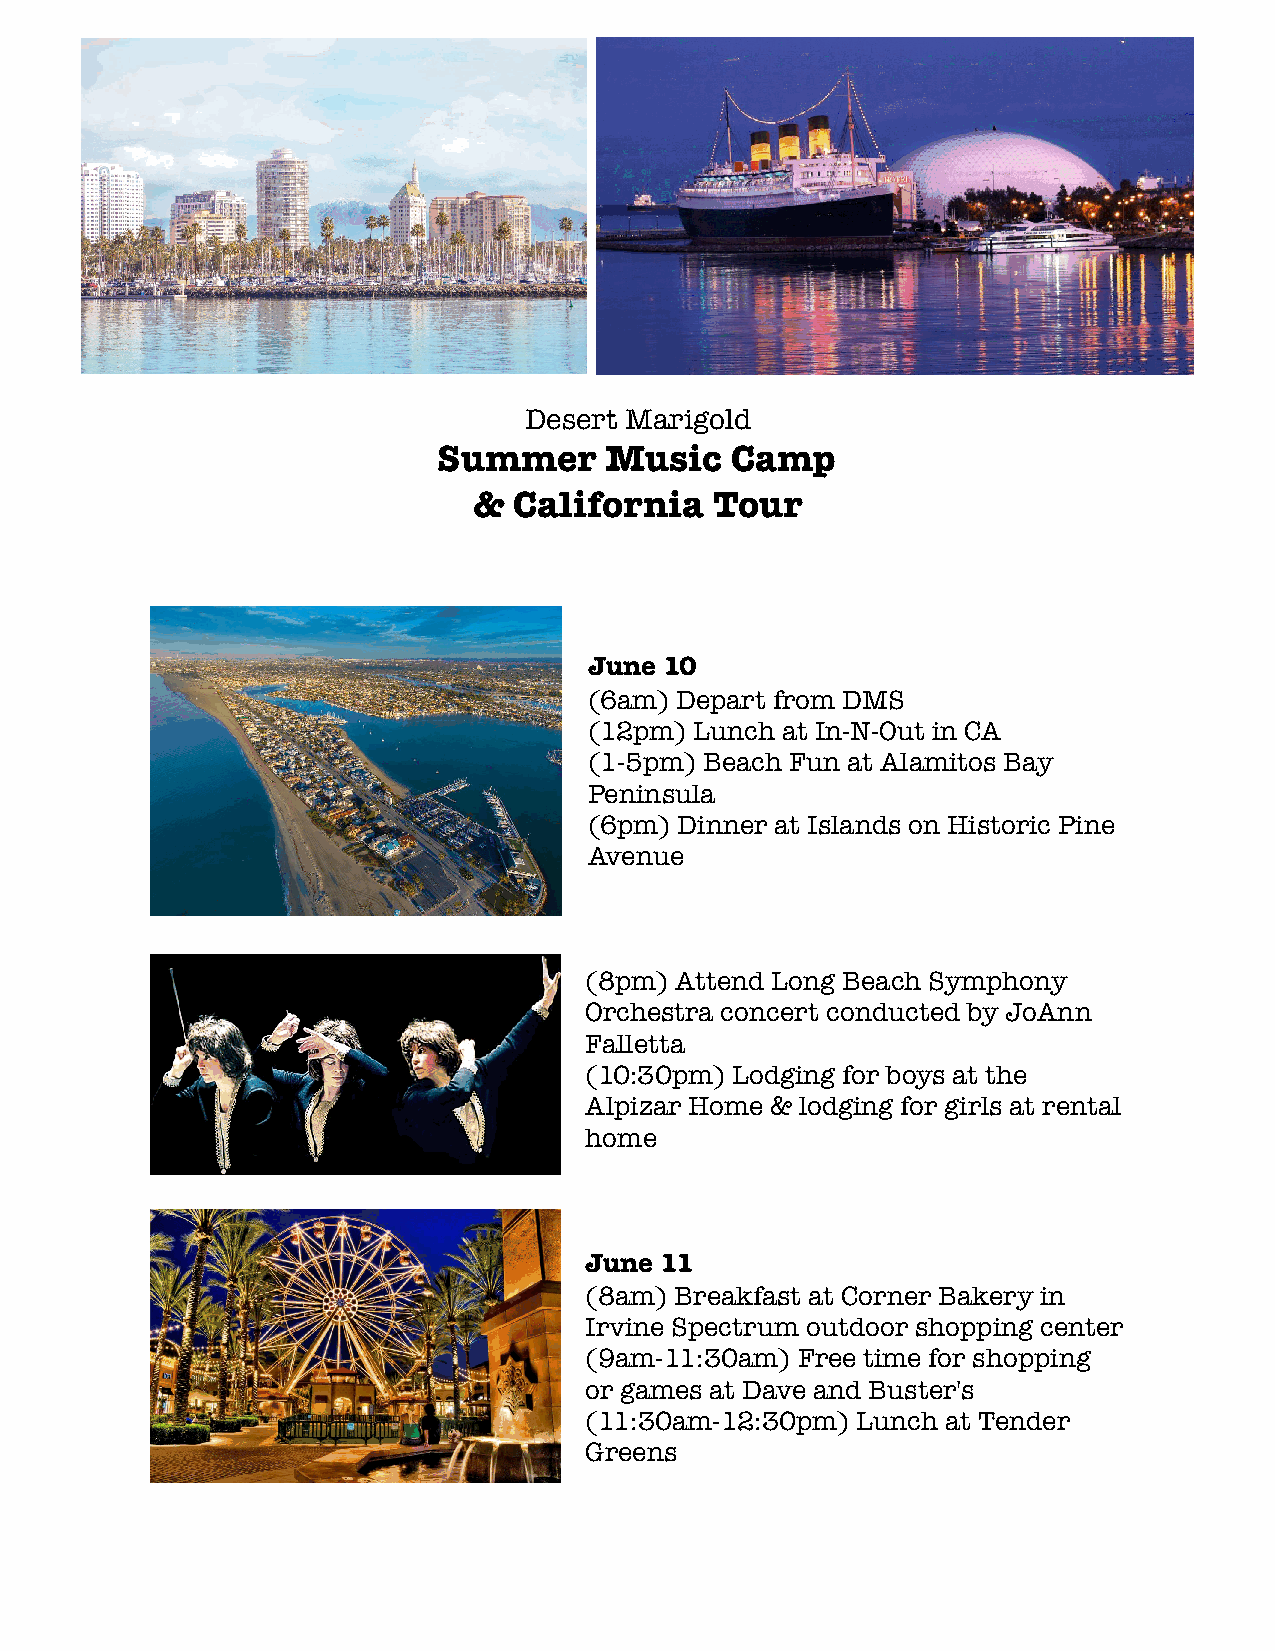
Desert Marigold
 Summer     Music   Camp
 &  California   Tour
 June 10
 (6am) Depart from DMS
 (12pm) Lunch at In-N-Out in CA
 (1-5pm) Beach Fun at Alamitos Bay
 Peninsula
 (6pm) Dinner at Islands on Historic Pine
 Avenue
 (8pm) Attend Long Beach Symphony
 Orchestra concert conducted by JoAnn
 Falletta
 (10:30pm) Lodging for boys at the
 Alpizar Home & lodging for girls at rental
 home
 June 11
 (8am) Breakfast at Corner Bakery in
 Irvine Spectrum outdoor shopping center
 (9am-11:30am) Free time for shopping
 or games at Dave and Buster's
 (11:30am-12:30pm) Lunch at Tender
 Greens